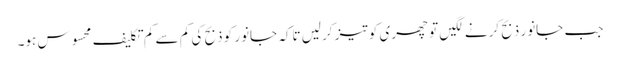
جب جانور ذبح کرنے لگیں تو چھری کو تیز کرلیں تاکہ جانور کو ذبح کی کم سے کم تکلیف محسوس ہو۔